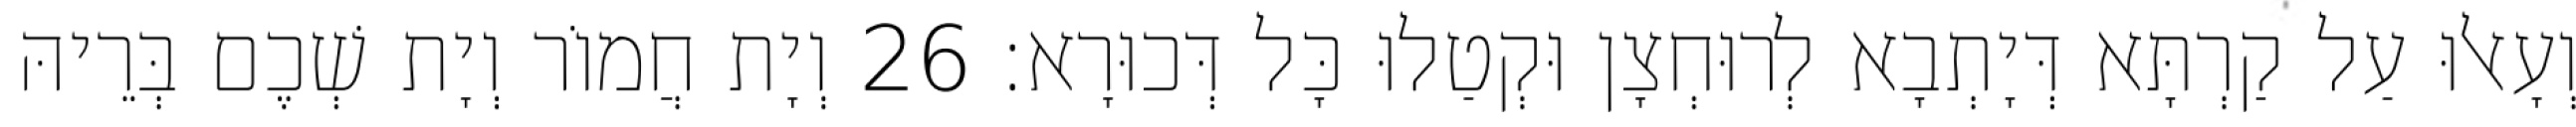
וְעָאלוּ עַל קַרְתָּא דְּיָתְבָא לְרוּחְצָן וּקְטַלוּ כָּל דְּכוּרָא׃ 26 וְיָת חֲמוֹר וְיָת שְׁכֶם בְּרֵיהּ